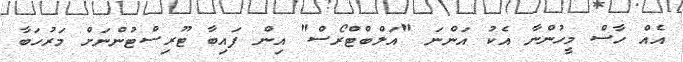
އެއް ހާސް މީހުންނާ އެކު އަންނަ "އަލްބްޓްރޯސް" އިން ފައިބާ ޓޫރިސްޓުންނަށް މަރުހަބާ